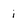
Character: i